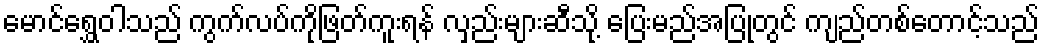
မောင်ရွှေဝါသည် ကွက်လပ်ကိုဖြတ်ကူးရန် လှည်းများဆီသို့ ပြေးမည်အပြုတွင် ကျည်တစ်တောင့်သည်